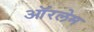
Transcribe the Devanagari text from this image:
ऑरलेम